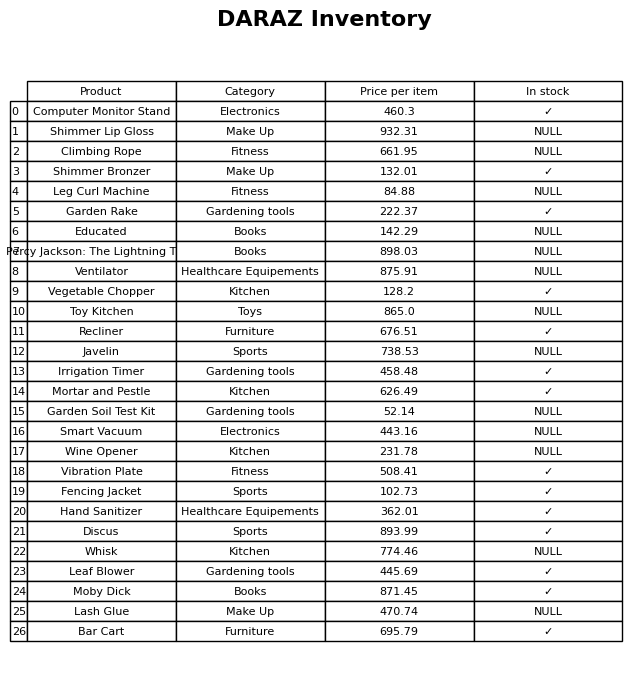
question: What is the price of the Garden Soil Test Kit?
answer: The price of Garden Soil Test Kit is 52.14.